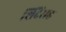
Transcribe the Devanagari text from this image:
शिंदेंसह